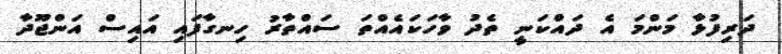
ދަރިފުޅާ މަންމަ އެ ދައްކަނީ ތެދު ވާހަކައެއްތަ ސައްތާރު ހިނގާފައި އައިސް އަންޖޫދާ